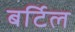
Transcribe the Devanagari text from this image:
बर्टिल